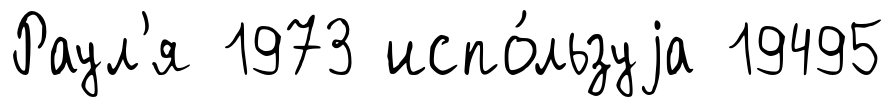
Раул'я 1973 испо́льзуjа 19495